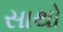
સાથો